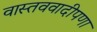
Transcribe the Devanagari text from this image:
वास्तववादीपणा